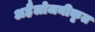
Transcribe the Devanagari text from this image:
अहैलोजनीकृत